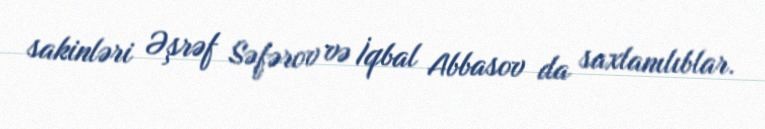
sakinləri Əşrəf Səfərov və İqbal Abbasov da saxlanılıblar.